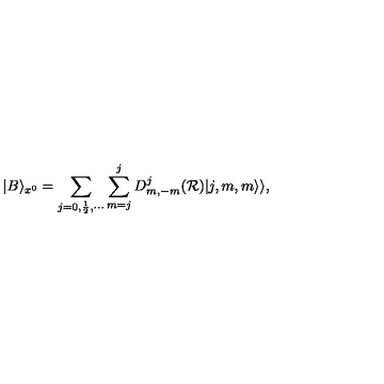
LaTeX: | B \rangle _ { x ^ { 0 } } = \sum _ { j = 0 , \frac { 1 } { 2 } , \cdots } \sum _ { m = j } ^ { j } D _ { m , - m } ^ { j } ( { \cal R } ) | j , m , m \rangle \rangle ,